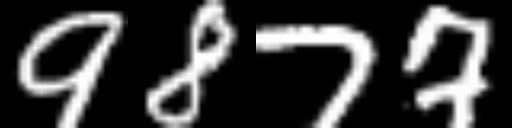
Text: 9877